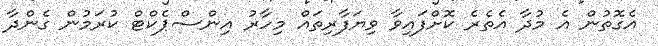
އެގޮތުން އެ މުދާ އެތެރެ ކޮށްފައިވާ ވިޔަފާރިތައް މިހާރު އިންސްޕެކްޓް ކުރަމުން ގެންދާ